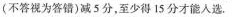
(不答视为答错)减5分，至少得15分才能人选。